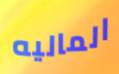
الماليه